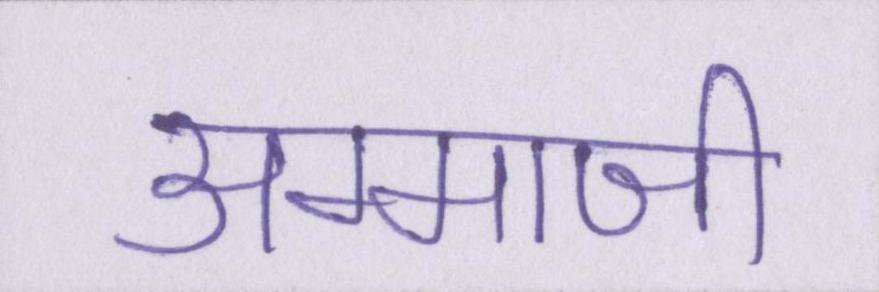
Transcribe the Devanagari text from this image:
अम्माजी